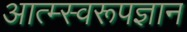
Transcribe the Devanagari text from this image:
आत्म्स्वरूपज्ञान